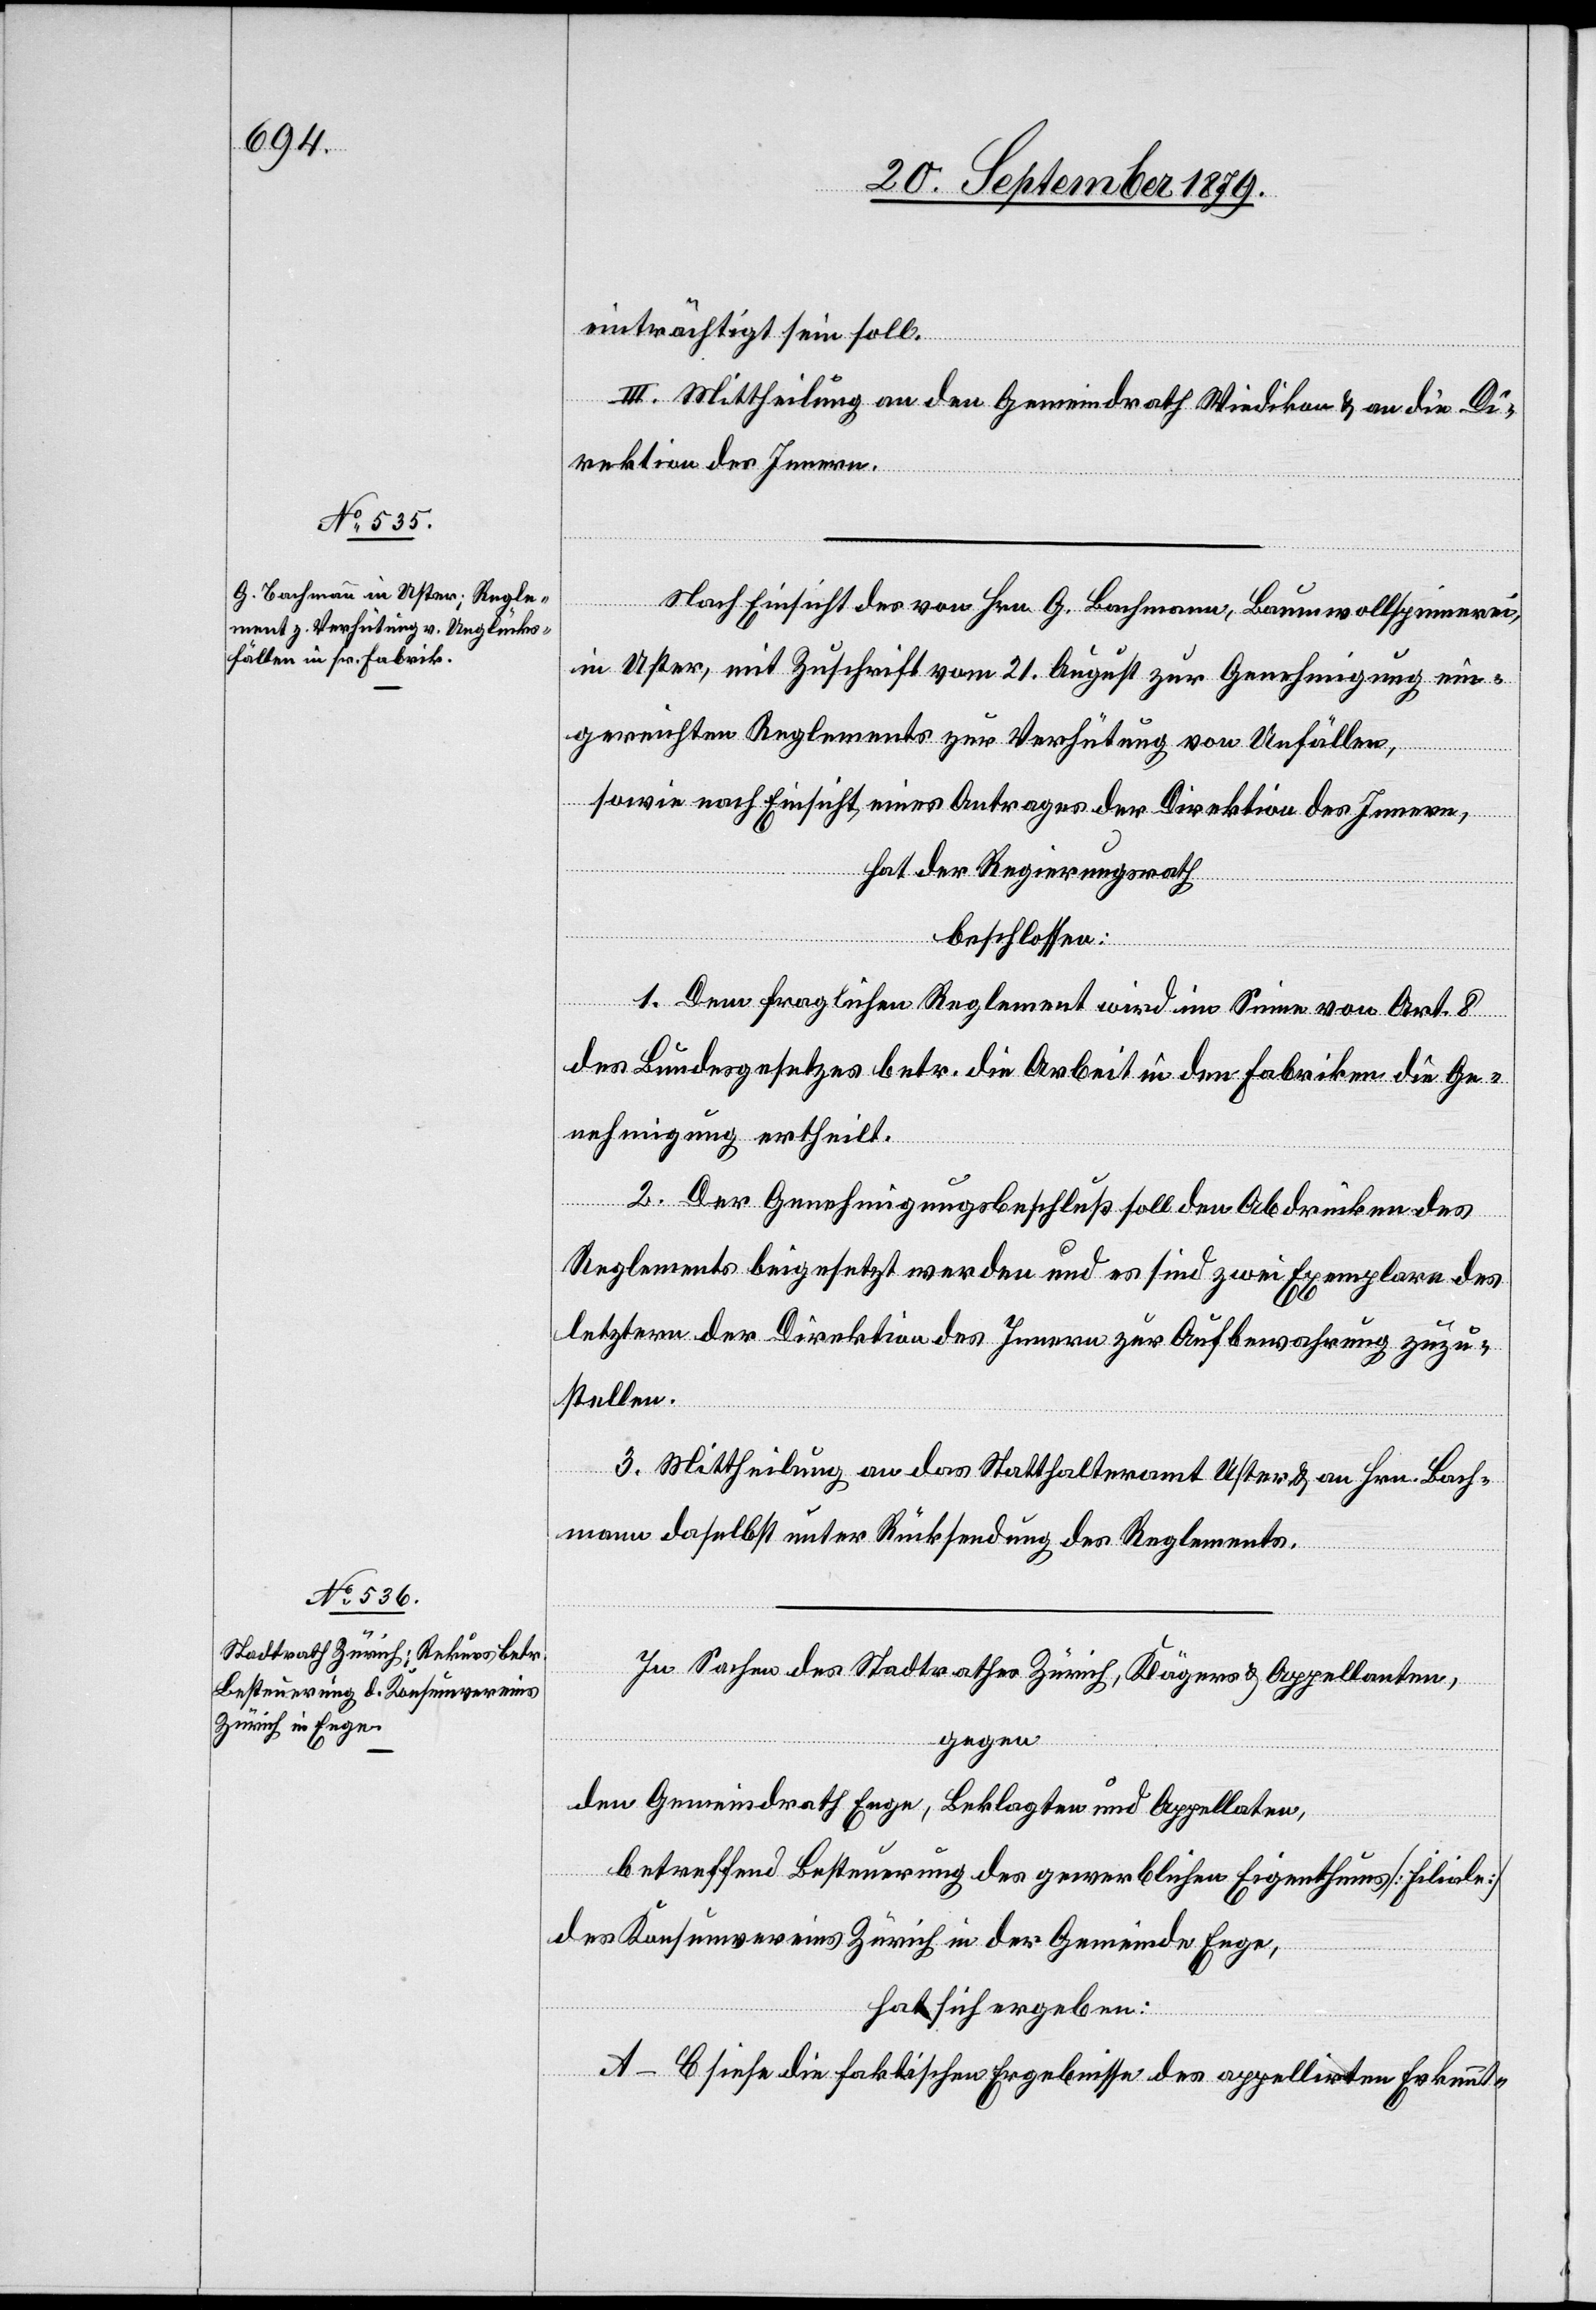
einträchtigt sein soll.
III. Mittheilung an den Gemeindrath Wiedikon & an die Di¬
rektion des Innern.
Nach Einsicht des von Hrn. G. Bachmann, Baumwollspinnerei,
in Uster, mit Zuschrift vom 21. August zur Genehmigung ein¬
gereichten Reglements zur Verhütung von Unfällen,
sowie nach Einsicht eines Antrages der Direktion des Innern,
hat der Regierungsrath
beschlossen:
1. Dem fraglichen Reglement wird im Sinne von Art. 8
des Bundesgesetzes betr. die Arbeit in den Fabriken die Ge¬
nehmigung ertheilt.
2. Der Genehmigungsbeschluß soll den Abdrücken des
Reglements beigesetzt werden und es sind zwei Exemplare des
letztern der Direktion des Innern zur Aufbewahrung zuzu¬
stellen.
3. Mittheilung an das Statthalteramt Uster & an Hrn. Bach¬
mann daselbst unter Rücksendung des Reglements.
In Sachen des Stadtrathes Zürich, Kläger & Appellanten,
gegen
den Gemeindrath Enge, Beklagten und Appellaten,
betreffend Besteuerung des gewerblichen Eigenthums [Filiale]
des Konsumvereins Zürich in der Gemeinde Enge,
hat sich ergeben:
A–C siehe die faktischen Ergebnisse des appellirten Erkennt-